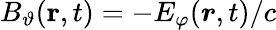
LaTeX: B_{\vartheta}(\textbf{r},t)=-E_{\varphi}(\boldsymbol{r},t)/c